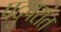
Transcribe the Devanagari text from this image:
पदुपरांत